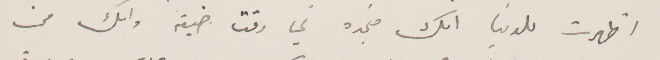
أظهرت للدنيا انك منجده في وقت ضيقه. وانك من